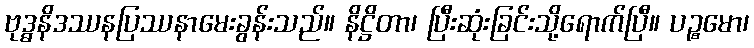
ဗုဒ္ဓနိဒဿနပြဿနာမေးခွန်းသည်။ နိဋ္ဌိတာ၊ ပြီးဆုံးခြင်းသို့ရောက်ပြီ။ ပဉ္စမော၊